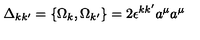
\Delta _ { k k ^ { \prime } } = \{ \Omega _ { k } , \Omega _ { k ^ { \prime } } \} = 2 \epsilon ^ { k k ^ { \prime } } a ^ { \mu } a ^ { \mu }